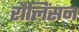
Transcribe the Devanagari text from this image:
रौलिंसन